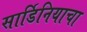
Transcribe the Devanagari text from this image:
सार्डिनियाचा